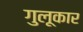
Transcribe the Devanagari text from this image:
गुलूकार